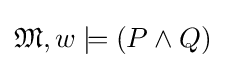
{\mathfrak {M}},w\models (P\wedge Q)